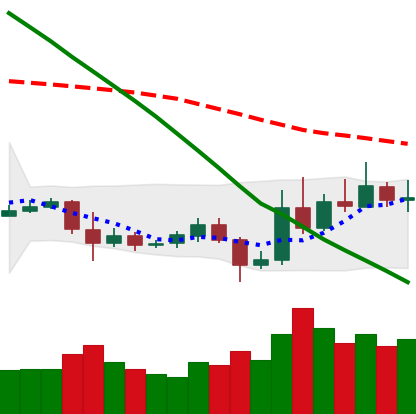
Ticker: ETC-USD
Chart end date: 2019-10-31
Forward return: 4.016%
Label: up_3_5